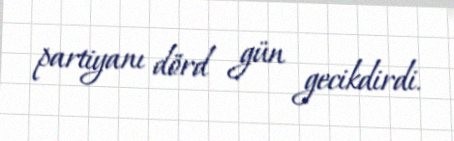
partiyanı dörd gün gecikdirdi.